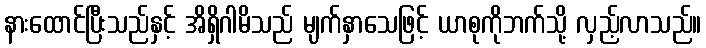
နားထောင်ပြီးသည်နှင့် အိရှိဂါမိသည် မျက်နှာသေဖြင့် ယာစုကိုဘက်သို့ လှည့်လာသည်။